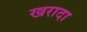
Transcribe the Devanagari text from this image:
खरादा